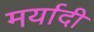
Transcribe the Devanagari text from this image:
मर्यादी